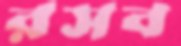
রসব